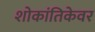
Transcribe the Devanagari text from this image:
शोकांतिकेवर